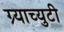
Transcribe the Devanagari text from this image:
ग्र्याच्युटी